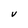
Character: V